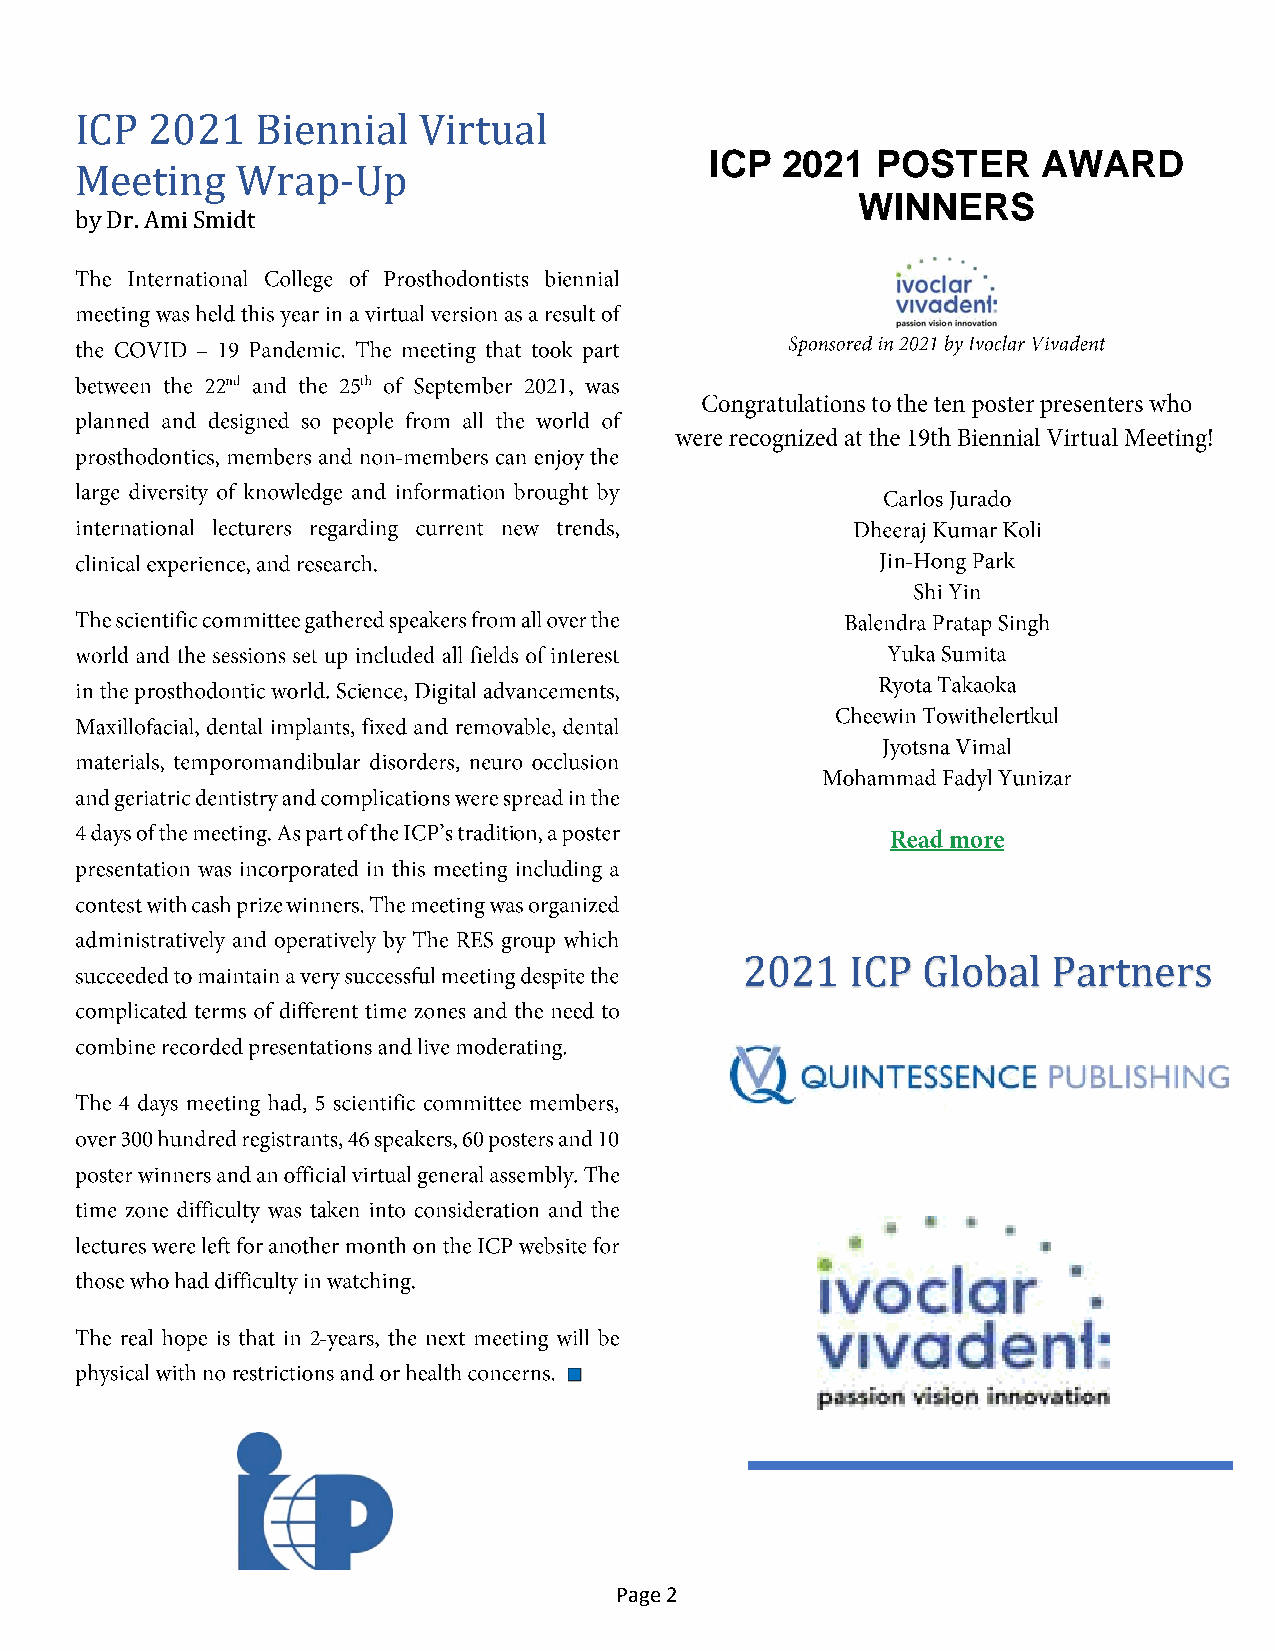
ICP  2021   Biennial   Virtual
 ICP  2021  POSTER     AWARD
 Meeting    Wrap-Up
 WINNERS
 by Dr. Ami Smidt
 2021   ICP  Global   Partners
 Page 2